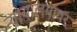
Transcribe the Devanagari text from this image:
न्यायालयांवर